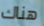
هناك